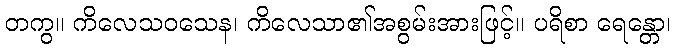
တကွ။ ကိလေသဝသေန၊ ကိလေသာ၏အစွမ်းအားဖြင့်။ ပရိစာ ရေန္တော၊